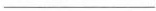
___